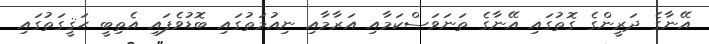
އޭނާގެ ދަރީންގެ ގޮތުގައި އޭނާގެ ތަނަވަސްކަމާއި އަރާމާއި ނިއުމަތުގައި ބޮޑުވެފައި އެތިބީ ޙަޤީގަތުގައި